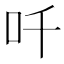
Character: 吀